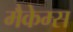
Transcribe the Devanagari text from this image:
मैकेम्स